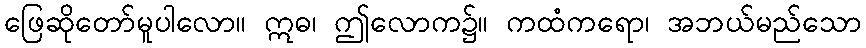
ဖြေဆိုတော်မူပါလော။ ဣဓ၊ ဤလောက၌။ ကထံကရော၊ အဘယ်မည်သော